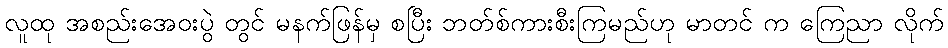
လူထု အစည်းအေဝးပွဲ တွင် မနက်ဖြန်မှ စပြီး ဘတ်စ်ကားစီးကြမည်ဟု မာတင် က ကြေညာ လိုက်